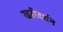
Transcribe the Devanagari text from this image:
खरीवर्धन